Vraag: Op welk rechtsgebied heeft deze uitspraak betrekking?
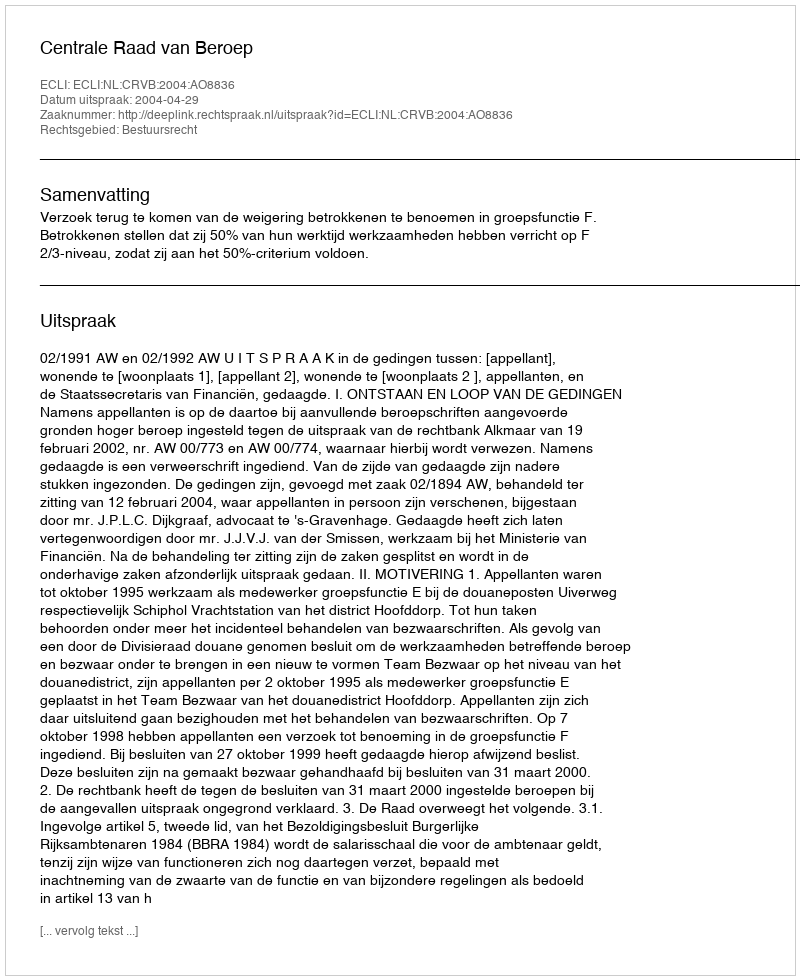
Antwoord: Bestuursrecht